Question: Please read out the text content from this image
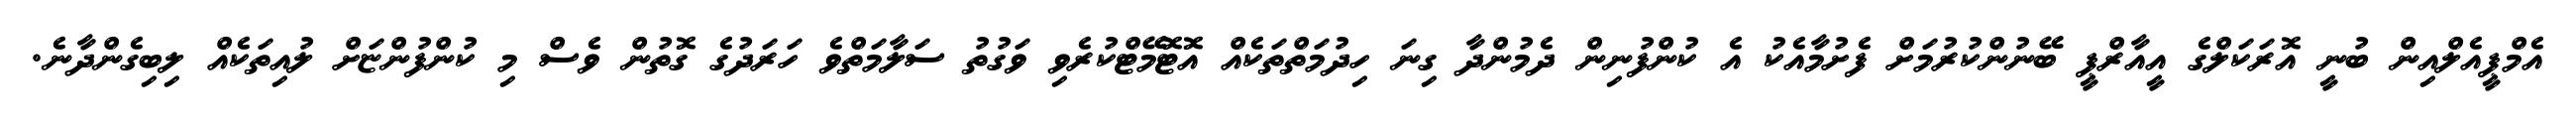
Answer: އެމްޕީއެލްއިން ބުނީ އޮރަކަލްގެ އީއާރްޕީ ބޭނުންކުރުމަށް ފެށުމާއެކު އެ ކުންފުނިން ދެމުންދާ ގިނަ ހިދުމަތްތަކެއް އޮޓޮމޭޓްކުރެވި ވަގުތު ސަލާމަތްވެ ހަރަދުގެ ގޮތުން ވެސް މި ކުންފުންޏަށް ލުއިތަކެއް ލިބިގެންދާނެ.